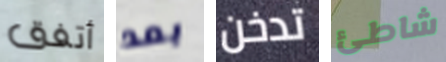
أتفق بعد تدخن شاطئ